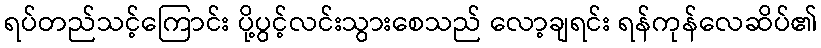
ရပ်တည်သင့်ကြောင်း ပို့ပွင့်လင်းသွားစေသည် လော့ချရင်း ရန်ကုန်လေဆိပ်၏